Annual report of the Punjab Veterinary College and of the Civil Veterinary Department, Punjab - 1920-1925
Year: 1920
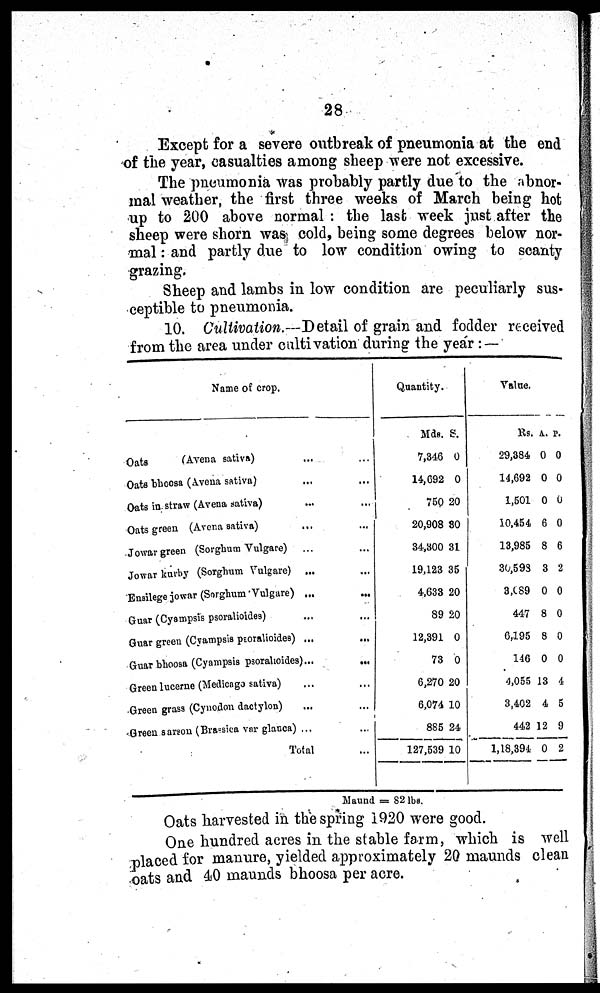
28
Except for a severe outbreak of pneumonia at the end
of the year, casualties among sheep were not excessive.
The pneumonia was probably partly due to the abnor-
mal weather, the first three weeks of March being hot
up to 200 above normal: the last week just after the
sheep were shorn was cold, being some degrees below nor-
mal: and partly due to low condition owing to scanty
grazing.
Sheep and lambs in low condition are peculiarly sus-
ceptible to pneumonia.
10. Cultivation.—Detail of grain and fodder received
from the area under cultivation during the year:—
Nome of crop.
Oats
(Arena sativa) ... ...
Oats bhoosa (Avena sativa) ... ...
Oats in straw (Avena sativa) ... ...
Oats green (Avena sativa) ... ...
Jowar green ( Sorghum Vul gare) ... ...
Jowar kurby (Sorghum Vul gare) ... ...
Ensi l ege jowar ( Sorghum Vul gare) ... ...
Guar (Cyampsi s psoral i oi des) ... ...
Guar green (Cyampsi s psoral i oi des) ... ...
Guar bhoosa (Cyampsi s psoral i oi des) ... ...
Green l ucerne (Medi cago sativa) ... ...
Green grass ( Cynodon dactyl on) ... ...
Green sarson (Brassi ca var gl anca) ... ...
Total ...
Quantity.
Mds. S.
7, 846 0
14, 692 0
750 20
20, 908 80
34, 300 31
19, 123 35
4, 633 20
89 20
12, 391 0
73 0
6, 270 20
6, 074 10
885 24
127, 539 10
Maund = 82 lbs.
Val ue.
Rs.
29, 384
14, 692
1, 501
10, 454
13, 985
30, 598
3, 089
447
6, 195
146
4, 055
3, 402
442
1, 18, 394
A.
0
0
0
6
8
3
0
8
8
0
13
4
12
0
P.
0
0
0
0
6
2
0
0
0
0
4
5
9
2
Oats harvested in the spring 1920 were good.
One hundred acres in the stable farm, which is well
placed for manure, yielded approximately 20 maunds clean
oats and 40 maunds bhoosa per acre.